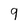
Character: 9